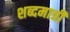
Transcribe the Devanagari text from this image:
शब्दमात्री